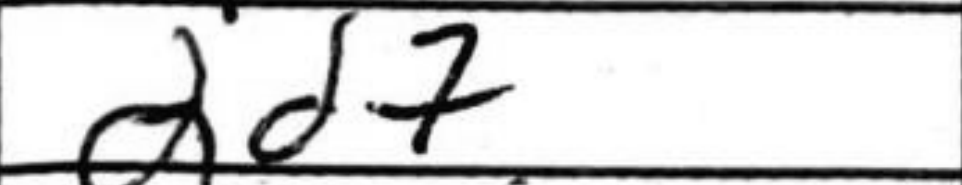
Transcription: Qd7